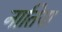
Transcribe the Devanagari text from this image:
नातिया